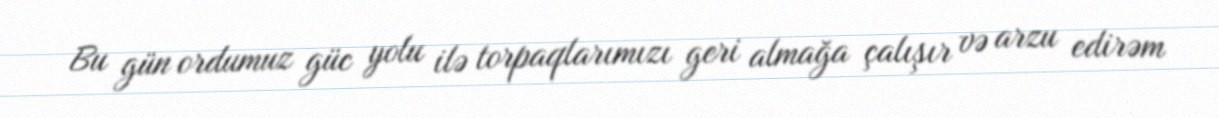
Bu gün ordumuz güc yolu ilə torpaqlarımızı geri almağa çalışır və arzu edirəm